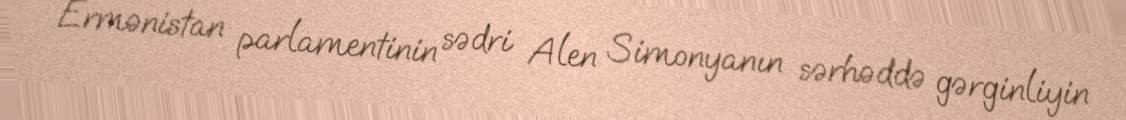
Ermənistan parlamentinin sədri Alen Simonyanın sərhəddə gərginliyin